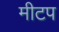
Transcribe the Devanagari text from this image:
मीटप